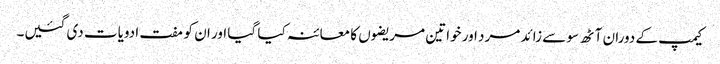
کیمپ کے دوران آٹھ سو سے زائد مرد اور خواتین مریضوں کا معائنہ کیا گیا اور ان کو مفت ادویات دی گئیں۔